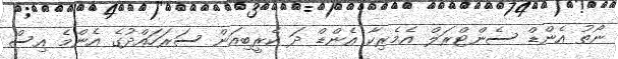
ނޯތު އެންޑް ސެންޓްރަލް އެމެރިކާ އެންޑް ދަ ކެރީބިއަން ސަރަހައްދުގެ އެންމެ އިސް